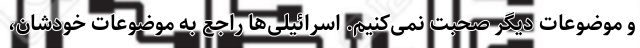
و موضوعات دیگر صحبت نمی‌کنیم. اسرائیلی‌ها راجع به موضوعات خودشان،